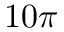
1 0 \pi